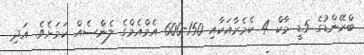
ބްރޭންޑުގެ 5ޑީ މާކް 4 ކެމެރާއަކާއި 150-600 އެމްއެމްގެ ލެންސެއް ކަމަށެވެ. އަދި